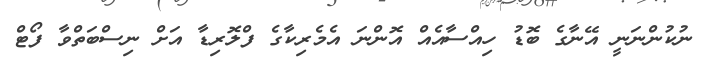
ނުކުންނަނީ އޭނާގެ ބޮޑު ހިއްސާއެއް އޮންނަ އެމެރިކާގެ ފްލޮރިޑާ އަށް ނިސްބަތްވާ ފޯޓް